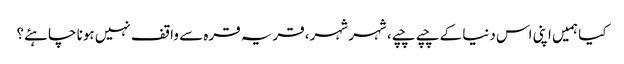
کیا ہمیں اپنی اس دنیا کے چپے چپے، شہر شہر، قریہ قرہ سے واقف نہیں ہونا چاہئے؟